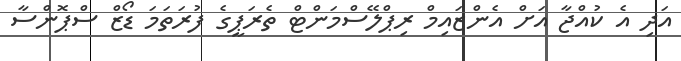
އަދި އެ ކުއްޖާ އަށް އެންޒައިމް ރިޕްލޭސްމަންޓް ތެރަޕީގެ ފުރަތަމަ ޑޯޒް ސްޕޮންސާ